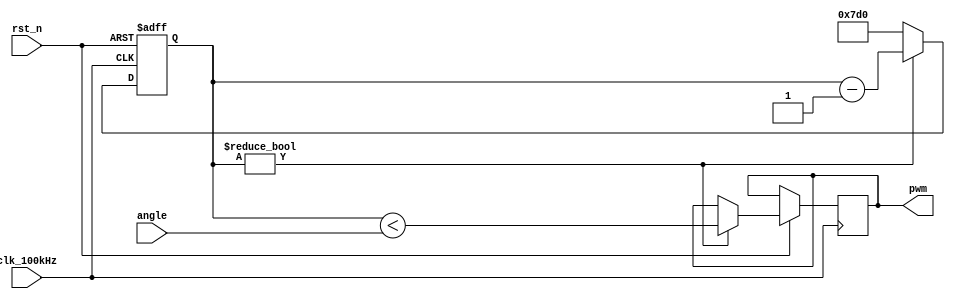
`timescale 1us / 1us

module SERVO (
    input clk_100kHz,
    input rst_n,
    input [7:0] angle,
    output reg pwm
);
    localparam [10:0] max_cnt = 11'd2000;
    reg[10:0] clk_cnt = max_cnt;
    always @(posedge clk_100kHz or negedge rst_n)
        if (!rst_n) clk_cnt <= max_cnt;
        else if (clk_cnt) begin
            clk_cnt <= clk_cnt - 1'd1;
            pwm <= clk_cnt < angle;
        end else clk_cnt <= max_cnt;
endmodule